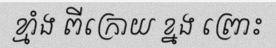
ខ្មាំង ពីក្រោយ ខ្នង ព្រោះ